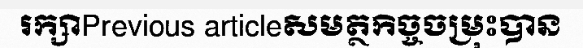
រក្សាPrevious articleសមត្ថកិច្ចចម្រុះបាន